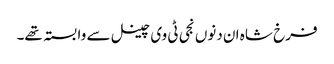
فرخ شاہ ان دنوں نجی ٹی وی چینل سے وابستہ تھے۔